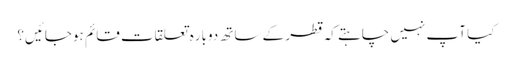
کیا آپ نہیں چاہتے کہ قطر کے ساتھ دوباره تعلقات قائم ہوجائیں؟